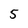
Character: 5